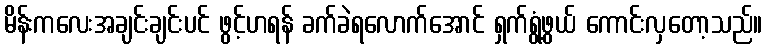
မိန်းကလေးအချင်းချင်းပင် ဖွင့်ဟရန် ခက်ခဲရလောက်အောင် ရှက်ရွံ့ဖွယ် ကောင်းလှတော့သည်။